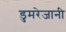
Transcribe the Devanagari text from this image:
डुमरेजानी